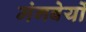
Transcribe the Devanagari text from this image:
मंगबेयों